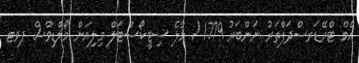
އެމް ޓްރޭޑަރސްދަފްތަރު ނަންބަރު 1779 / މާލެ ސިޓީކޯސްޓަލް މިލިއަން މޯލްޑިވްސް ޕވޓ